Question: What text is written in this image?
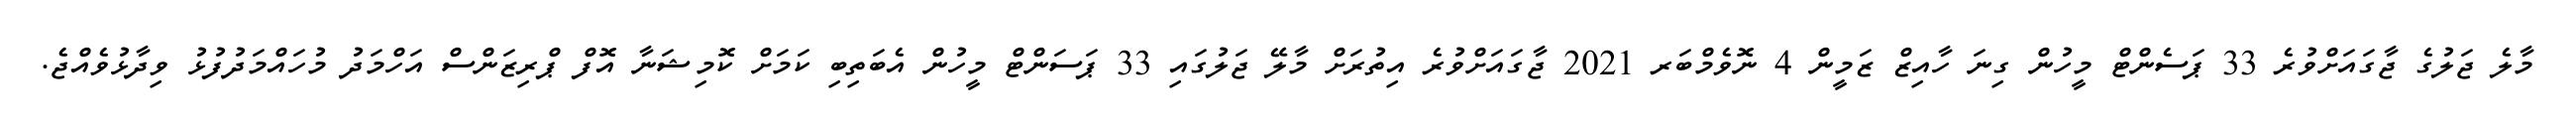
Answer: މާލެ ޖަލުގެ ޖާގައަށްވުރެ 33 ޕަސެންޓް މީހުން ގިނަ ހާއިޒް ޒަމީން 4 ނޮވެމްބަރ 2021 ޖާގައަށްވުރެ އިތުރަށް މާލޭ ޖަލުގައި 33 ޕަސަންޓް މީހުން އެބަތިބި ކަމަށް ކޮމިޝަނާ އޮފް ޕްރިޒަންސް އަހްމަދު މުހައްމަދުފުޅު ވިދާޅުވެއްޖެ.